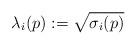
LaTeX: \begin{align*} \lambda_i(p):=\sqrt{\sigma_i(p)}\end{align*}